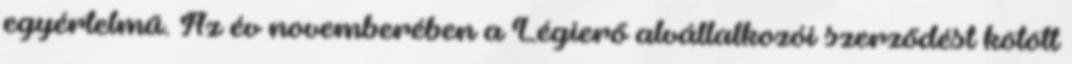
egyértelmű. Az év novemberében a Légierő alvállalkozói szerződést kötött